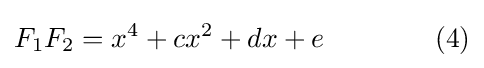
F_{1}F_{2}=x^{4}+cx^{2}+dx+e\qquad \qquad (4)